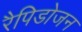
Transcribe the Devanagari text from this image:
रैपिडोजन